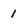
Character: 1